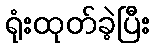
ရုံးထုတ်ခဲ့ပြီး